Vaccination in Bombay 1902-1912 - 1902-1912
Year: 1902
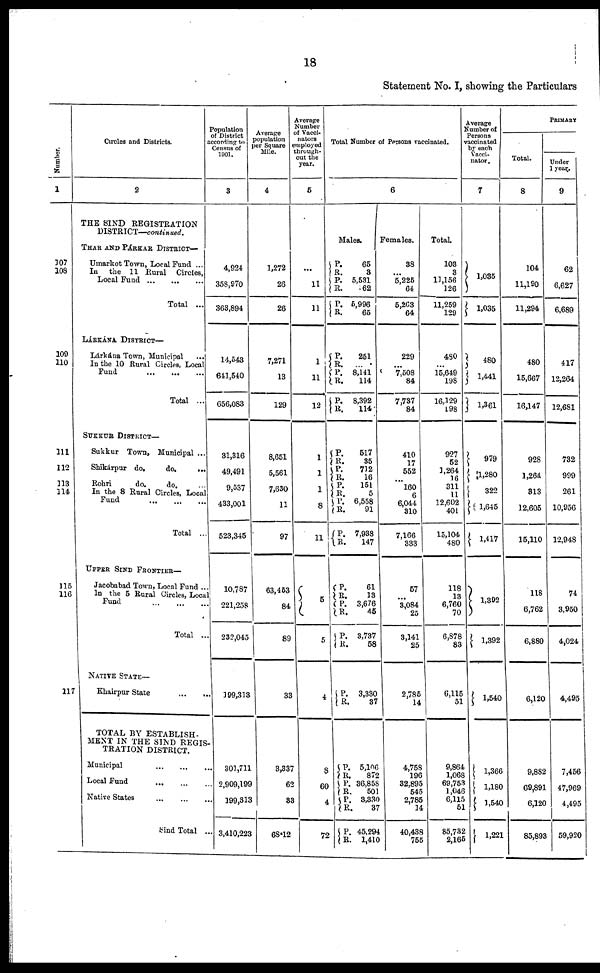
18
Statement No. I, showing the Particulars
Number.
1
107
108
109
110
111
112
113
114
115
116
117
Circles and Districts.
2
THE SIND REGISTRATION
DISTRICT—continued.
THAR AND PÁRKAR DISTRICT—
Umarkot Town, Local Fund ...
In the 11 Rural Circles,
Local Fund
Total ...
LÁRKÁNA DISTRICT—
Lárkána Town, Municipal
...
In the 10 Rural Circles, Local
Fund ... ... ...
Total ...
SUKKUR DISTRICT—
Sukkur Town, Municipal ...
Shikárpur do.
do. ...
Rohri
do.
do.
...
In the 8 Rural Circles, Local
Fund ... ... ...
Total ...
UPPER SIND FRONTIER—
Jacobabad Town, Local Fund ..
In the 5 Rural Circles, Local
Fund ... ... ...
Total ...
NATIVE STATE—
Khairpur State
...
...
TOTAL BY ESTABLISH-
MENT IN THE SIND REGIS-
TRATION DISTRICT.
Municipal
...
...
...
Local Fund
...
...
...
Native States
...
...
...
Sind Total ...
Population
of District
according to
Census of
1901.
3
4,924
358,970
363,894
14,543
641,540
656,083
31,316
49,491
9,537
433,001
523,345
10,787
221,258
232,045
199,313
301,711
2,909,199
199,313
3,410,223
Average
population
per Square
Mile.
4
1,272
26
26
7,271
13
129
8,651
5,561
7,630
11
97
63,453
84
89
33
3,337
62
33
68.12
Average
Number
of Vacci-
nators
employed
through-
out the
year.
5
...
11
11
1
11
12
1
1
1
8
11
5
5
4
8
60
4
72
Total Number of Persons vaccinated.
6
Males.
P.
R. P.
R.
P.
R.
P.
R.
P. R.
P.
R.
P.
R.
P.
R.
P.
R.
P.
R.
P. R.
P.
R.
P.
R.
P.
R.
P.
R.
P. R.
P.
R. P.
R.
P.
R.
65
3
5,531
62
5,996
65
251
...
8,141
114
8,392
114
517
35
712
16
151
5
6,558
91
7,938
147
61
13
3,676
45
3,737
58
3,330
37
5,106
872
36,858
501
3,330
37
45,294
1,410
Females.
38
...
5,225
64
5,263
64
229
...
7,508
84
7,737
84
410
17
552
...
160
6
6,044
310
7,166
333
57
...
3,084
25
3,141
25
2,785
14
4,758
196
32,895
545
2,785
14
40,438
755
Total.
103
3
11,156
126
11,259
129
480
...
15,649
198
16,129
198
927
52
1,264
16
311
11
12,602
401
15,104
480
118
13
6,760
70
6,878
83
6,115
51
9,864
1,068
69,753
1,046
6,115
51
85,732
2,165
Average
Number of
Persons
vaccinated
by each
Vacci-
nator.
7
1,035
1,035
480
1,441
1,361
979
1,280
322
1,645
1,417
1,392
1,392
1,540
1,366
1,180
1,540
1,221
PRIMARY
Total.
8
104
11,190
11,294
480
15,667
16,147
928
1,26á
313
12,605
15,110
118
6,762
6,880
6,120
9,882
69,891
6,120
85,893
Under
1 year.
9
62
6,627
6,689
417
12,264
12,681
732
999
261
10,956
12,948
74
3,950
4,024
4,495
7,456
47,969
4,495
59,920